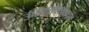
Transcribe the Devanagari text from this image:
उपयुक्ततावादात